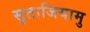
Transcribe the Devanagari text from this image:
सुताजियामु